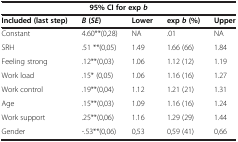
<table><thead><tr><td colspan="5"><b>95% CI for exp <i>b</i></b></td></tr><tr><td><b>Included (last step)</b></td><td><b><i>B </i>( <i>SE </i>)</b></td><td><b>Lower</b></td><td><b>exp <i>b </i>(%)</b></td><td><b>Upper</b></td></tr></thead><tbody><tr><td>Constant</td><td>4.60**(0,28)</td><td>NA</td><td>.01</td><td>NA</td></tr><tr><td>SRH</td><td>.51 **(0,05)</td><td>1.49</td><td>1.66 (66)</td><td>1.84</td></tr><tr><td>Feeling strong</td><td>.12**(0,03)</td><td>1.06</td><td>1.12 (12)</td><td>1.19</td></tr><tr><td>Work load</td><td>.15* (0,05)</td><td>1.06</td><td>1.16 (16)</td><td>1.27</td></tr><tr><td>Work control</td><td>.19**(0,04)</td><td>1.12</td><td>1.21 (21)</td><td>1.31</td></tr><tr><td>Age</td><td>.15**(0,03)</td><td>1.09</td><td>1.16 (16)</td><td>1.24</td></tr><tr><td>Work support</td><td>.25**(0,06)</td><td>1.16</td><td>1.29 (29)</td><td>1.44</td></tr><tr><td>Gender</td><td>-.53**(0,06)</td><td>0,53</td><td>0,59 (41)</td><td>0,66</td></tr></tbody></table>